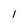
Character: l